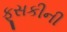
ફૂસકીની